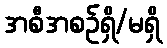
အစီအစဉ်ရှိ/မရှိ